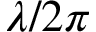
\lambda / 2 \pi